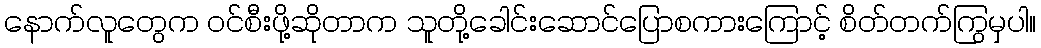
နောက်လူတွေက ဝင်စီးဖို့ဆိုတာက သူတို့ခေါင်းဆောင်ပြောစကားကြောင့် စိတ်တက်ကြွမှပါ။